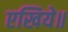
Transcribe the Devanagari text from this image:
एखिये॥